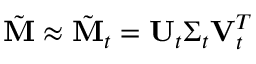
\tilde { \mathbf { M } } \approx \tilde { \mathbf { M } } _ { t } = \mathbf { U } _ { t } \boldsymbol { \Sigma } _ { t } \mathbf { V } _ { t } ^ { T }